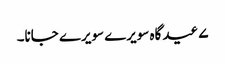
۷ عید گاہ سویرے سویرے جانا۔